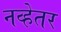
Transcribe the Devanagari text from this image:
नव्हेतर